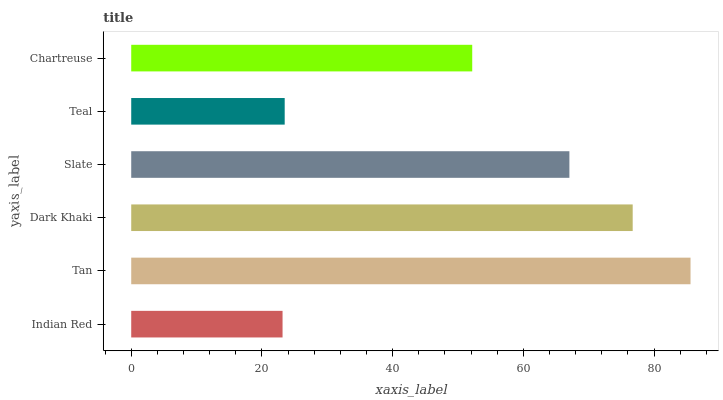
| yaxis_label | bars |
 | --- | --- |
 | Indian Red | 23.2 |
 | Tan | 85.6 |
 | Dark Khaki | 76.7 |
 | Slate | 67 |
 | Teal | 23.5 |
 | Chartreuse | 52.2 |